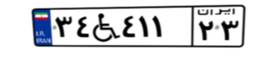
۷۶W۸۷۶۲۵